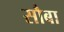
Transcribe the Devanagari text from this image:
सौबा